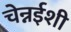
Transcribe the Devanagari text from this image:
चेन्नईशी